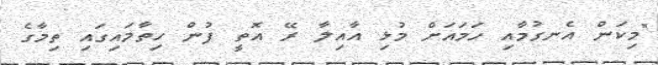
"މިކަން އެނގުމާއި ހަމައަށް މުޅި އާއިލާ ރޭ އޮތީ ފުން ހިތާމައިގައި ތިމާގެ